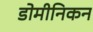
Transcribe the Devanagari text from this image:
डोमीनिकन